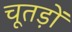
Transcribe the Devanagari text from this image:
चूतड़ों